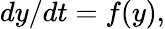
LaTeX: dy/dt=f(y),